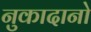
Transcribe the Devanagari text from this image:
नुकादानो